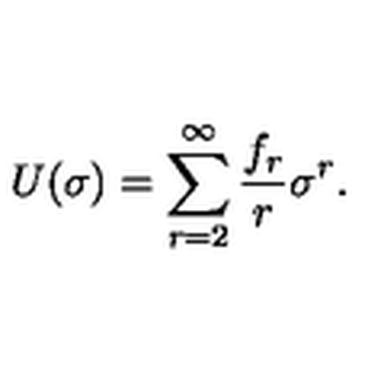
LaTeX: U ( \sigma ) = \sum _ { r = 2 } ^ { \infty } \frac { f _ { r } } { r } \sigma ^ { r } .